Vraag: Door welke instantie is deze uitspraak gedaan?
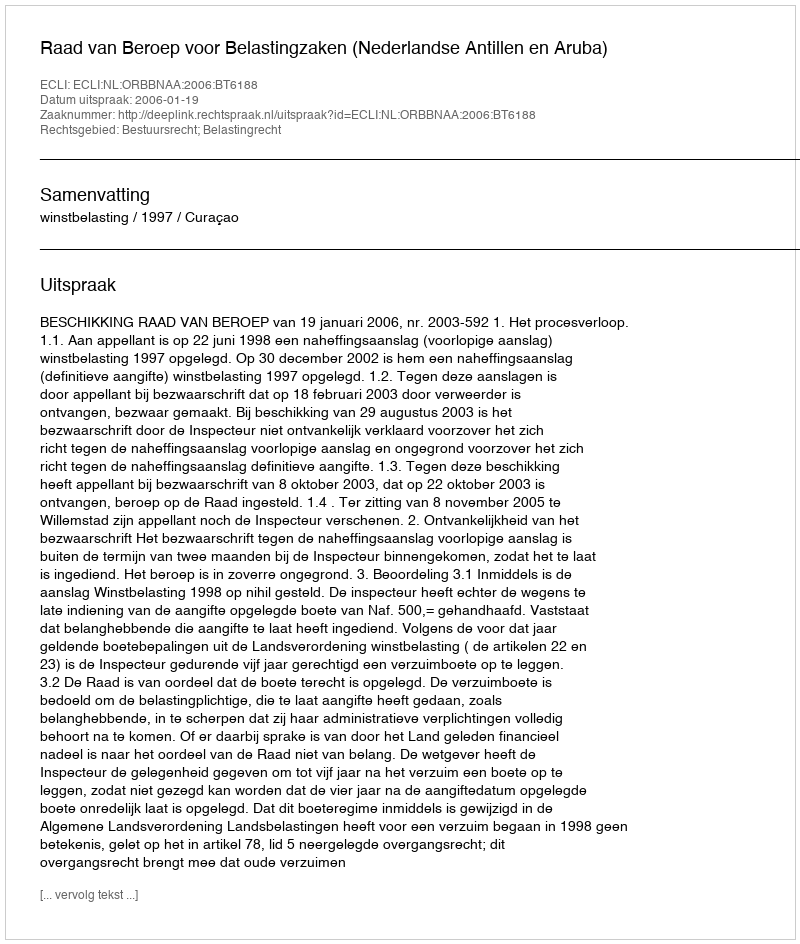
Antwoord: Raad van Beroep voor Belastingzaken (Nederlandse Antillen en Aruba)